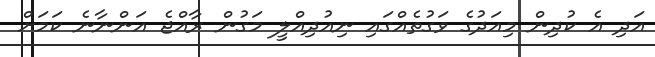
އަދި އެ ކުދިން މިއަދުގެ ވަގުތެއްގައި ނިއުދިއްލީ މަގުން ރާއްޖެ އަންނާނެ ކަމަށް